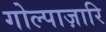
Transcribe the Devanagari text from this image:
गोल्पाज़ारि